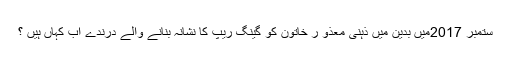
ستمبر 2017میں بدین میں ذہنی معذو ر خاتون کو گینگ ریپ کا نشانہ بنانے والے درندے اب کہاں ہیں ؟